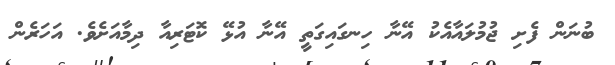
ބުނަން ފެށި ޖުމުލައާއެކު އޭނާ ހިނގައިގަތީ އޭނާ އުޅޭ ކޮޓަރިއާ ދިމާއަށެވެ. އަހަރެން